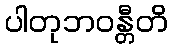
ပါတုဘဝန္တီတိ